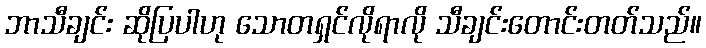
ဘာသီချင်း ဆိုပြပါဟု သောတရှင်လိုရာလို သီချင်းတောင်းတတ်သည်။